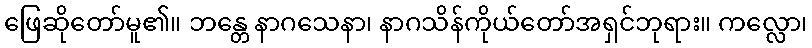
ဖြေဆိုတော်မူ၏။ ဘန္တေ နာဂသေနာ၊ နာဂသိန်ကိုယ်တော်အရှင်ဘုရား။ ကလ္လော၊